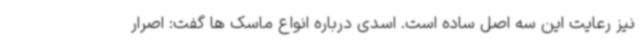
نیز رعایت این سه اصل ساده است. اسدی درباره انواع ماسک ها گفت: اصرار